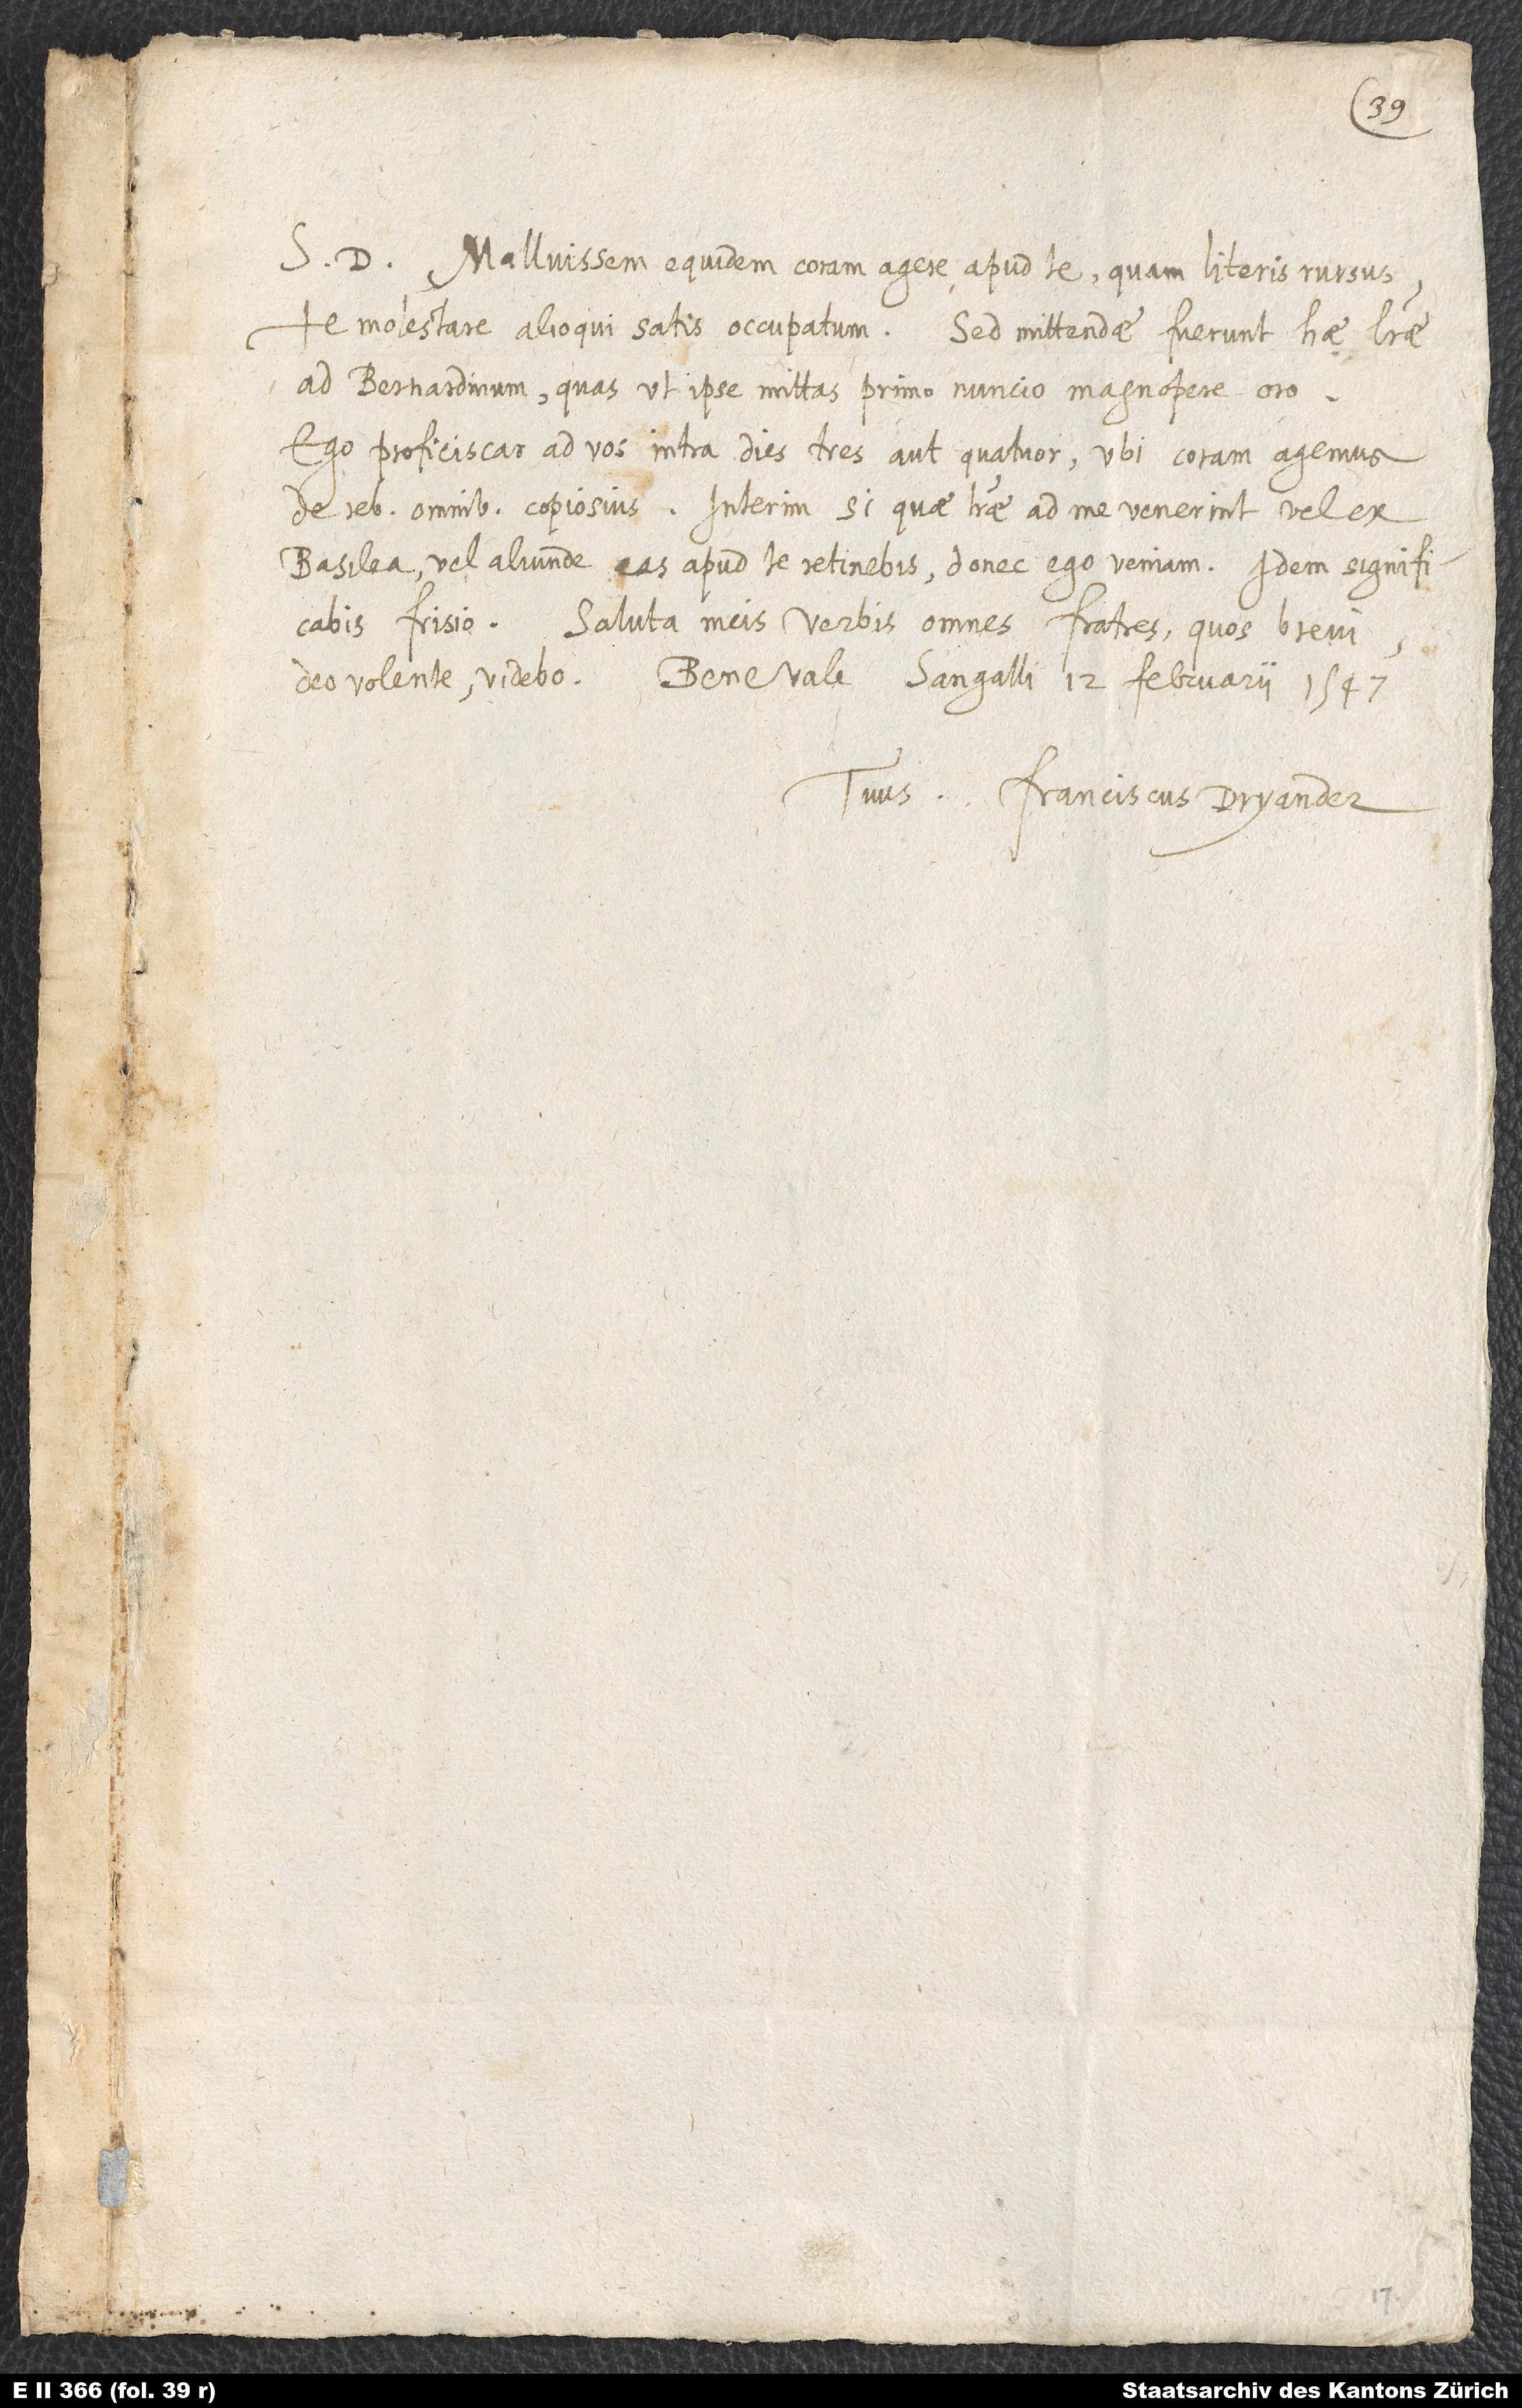
S. D. Malluissem equidem coram agere apud te quam literis rursus
te molestare alioqui satis occupatum, sed mittendae fuerunt hae literae
ad Bernardinum, quas, ut ipse mittas primo nuncio, magnopere oro.
Ego proficiscar ad vos intra dies tres aut quatuor, ubi coram agemus
de rebus omnibus copiosius. Interim si quae literae ad me venerint vel ex
Basilea vel aliunde, eas apud te retinebis, donec ego veniam. Idem significabis
Frisio. Saluta meis verbis omnes fratres, quos brevi
deo volente videbo. Bene vale. Sangalli, 12. februarii 1547.
Tuus Franciscus Dryander.